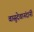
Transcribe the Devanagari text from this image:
वासुदेवानंदांनी